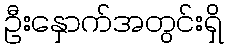
ဦးနှောက်အတွင်းရှိ